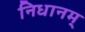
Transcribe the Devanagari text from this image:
निधानम्